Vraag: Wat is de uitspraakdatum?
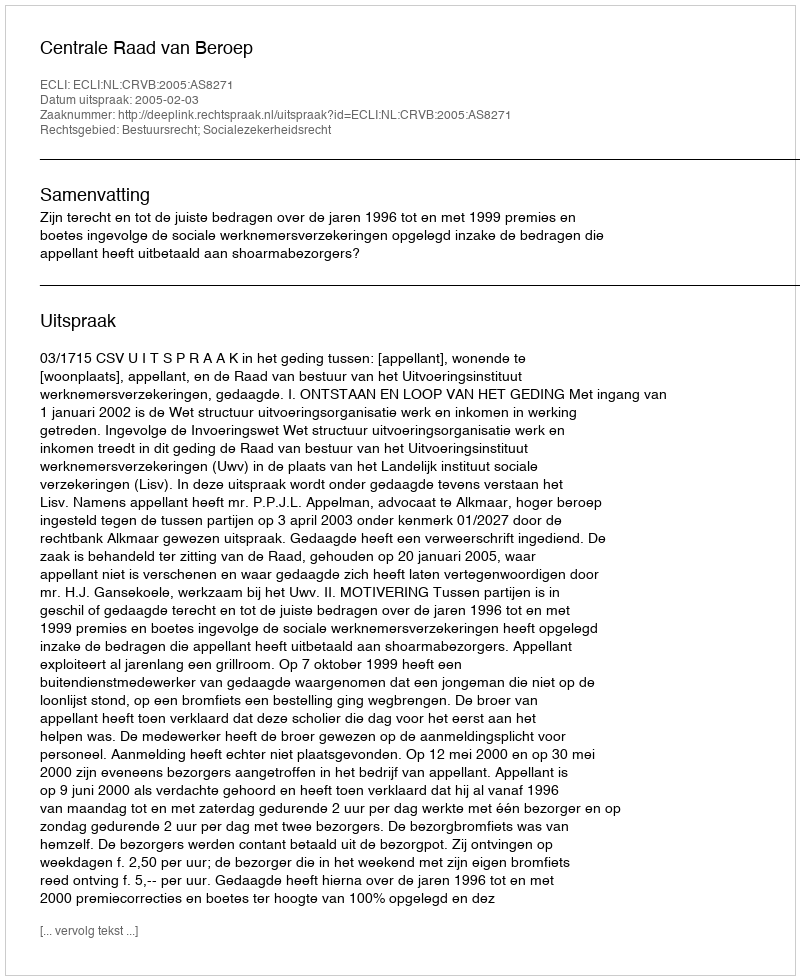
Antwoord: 2005-02-03